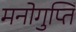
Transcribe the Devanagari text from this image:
मनोगुप्ति